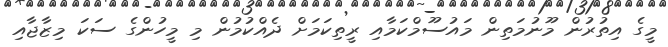
މީގެ އިތުރުން މޫނުމަތިން މައުސޫމްކަމާއި ރީތިކަމަށް ދެއްކުމުން މި މީހުންގެ ސަކަ މިޒާޖާއި